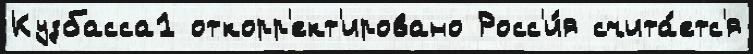
Кузбасса1 откорр'ект'ировано Росс'и́я счита́етс'я